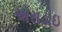
એસડીઇ